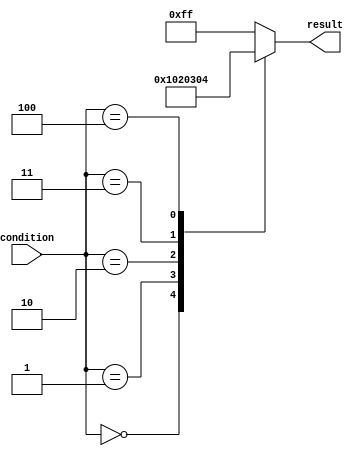
module full_case_example (
  input [3:0] condition,
  output reg [7:0] result
);

always @(*)
begin
  case (condition)
    4'b0000: result = 8'b00000000;
    4'b0001: result = 8'b00000001;
    4'b0010: result = 8'b00000010;
    4'b0011: result = 8'b00000011;
    4'b0100: result = 8'b00000100;
    default: result = 8'b11111111;
  endcase
end

endmodule